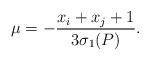
LaTeX: \begin{align*}\mu=-\frac{x_i+x_j+1}{3\sigma_1(P)}.\end{align*}